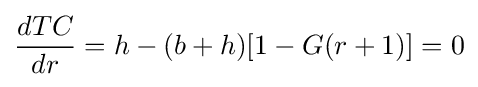
{\frac {dTC}{dr}}=h-(b+h)[1-G(r+1)]=0